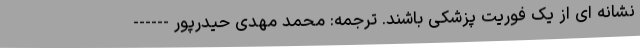
نشانه ای از یک فوریت پزشکی باشند. ترجمه: محمد مهدی حیدرپور ------